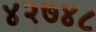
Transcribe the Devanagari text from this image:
४२७४८